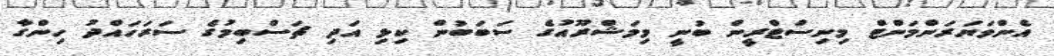
އެންވަޔަރަންމަންޓް މިނިސްޓްރީން ބުނީ މިމަޝްރޫއުގެ ސަބަބުން ކިޅި އަދި ޗަސްބިމުގެ ސަރަހައްދު ހިންގާ